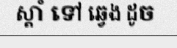
ស្តាំ ទៅ ឆ្វេង ដូច